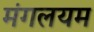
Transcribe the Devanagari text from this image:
मंगलयम